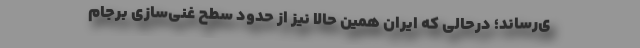
ی‌رساند؛ درحالی که ایران همین حالا نیز از حدود سطح غنی‌سازی برجام